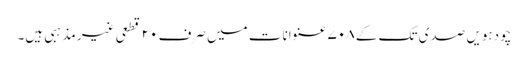
چودہویں صدی تک کے ۷۰۸ عنوانات میں صرف ۲۰ قطعی غیر مذہبی ہیں۔